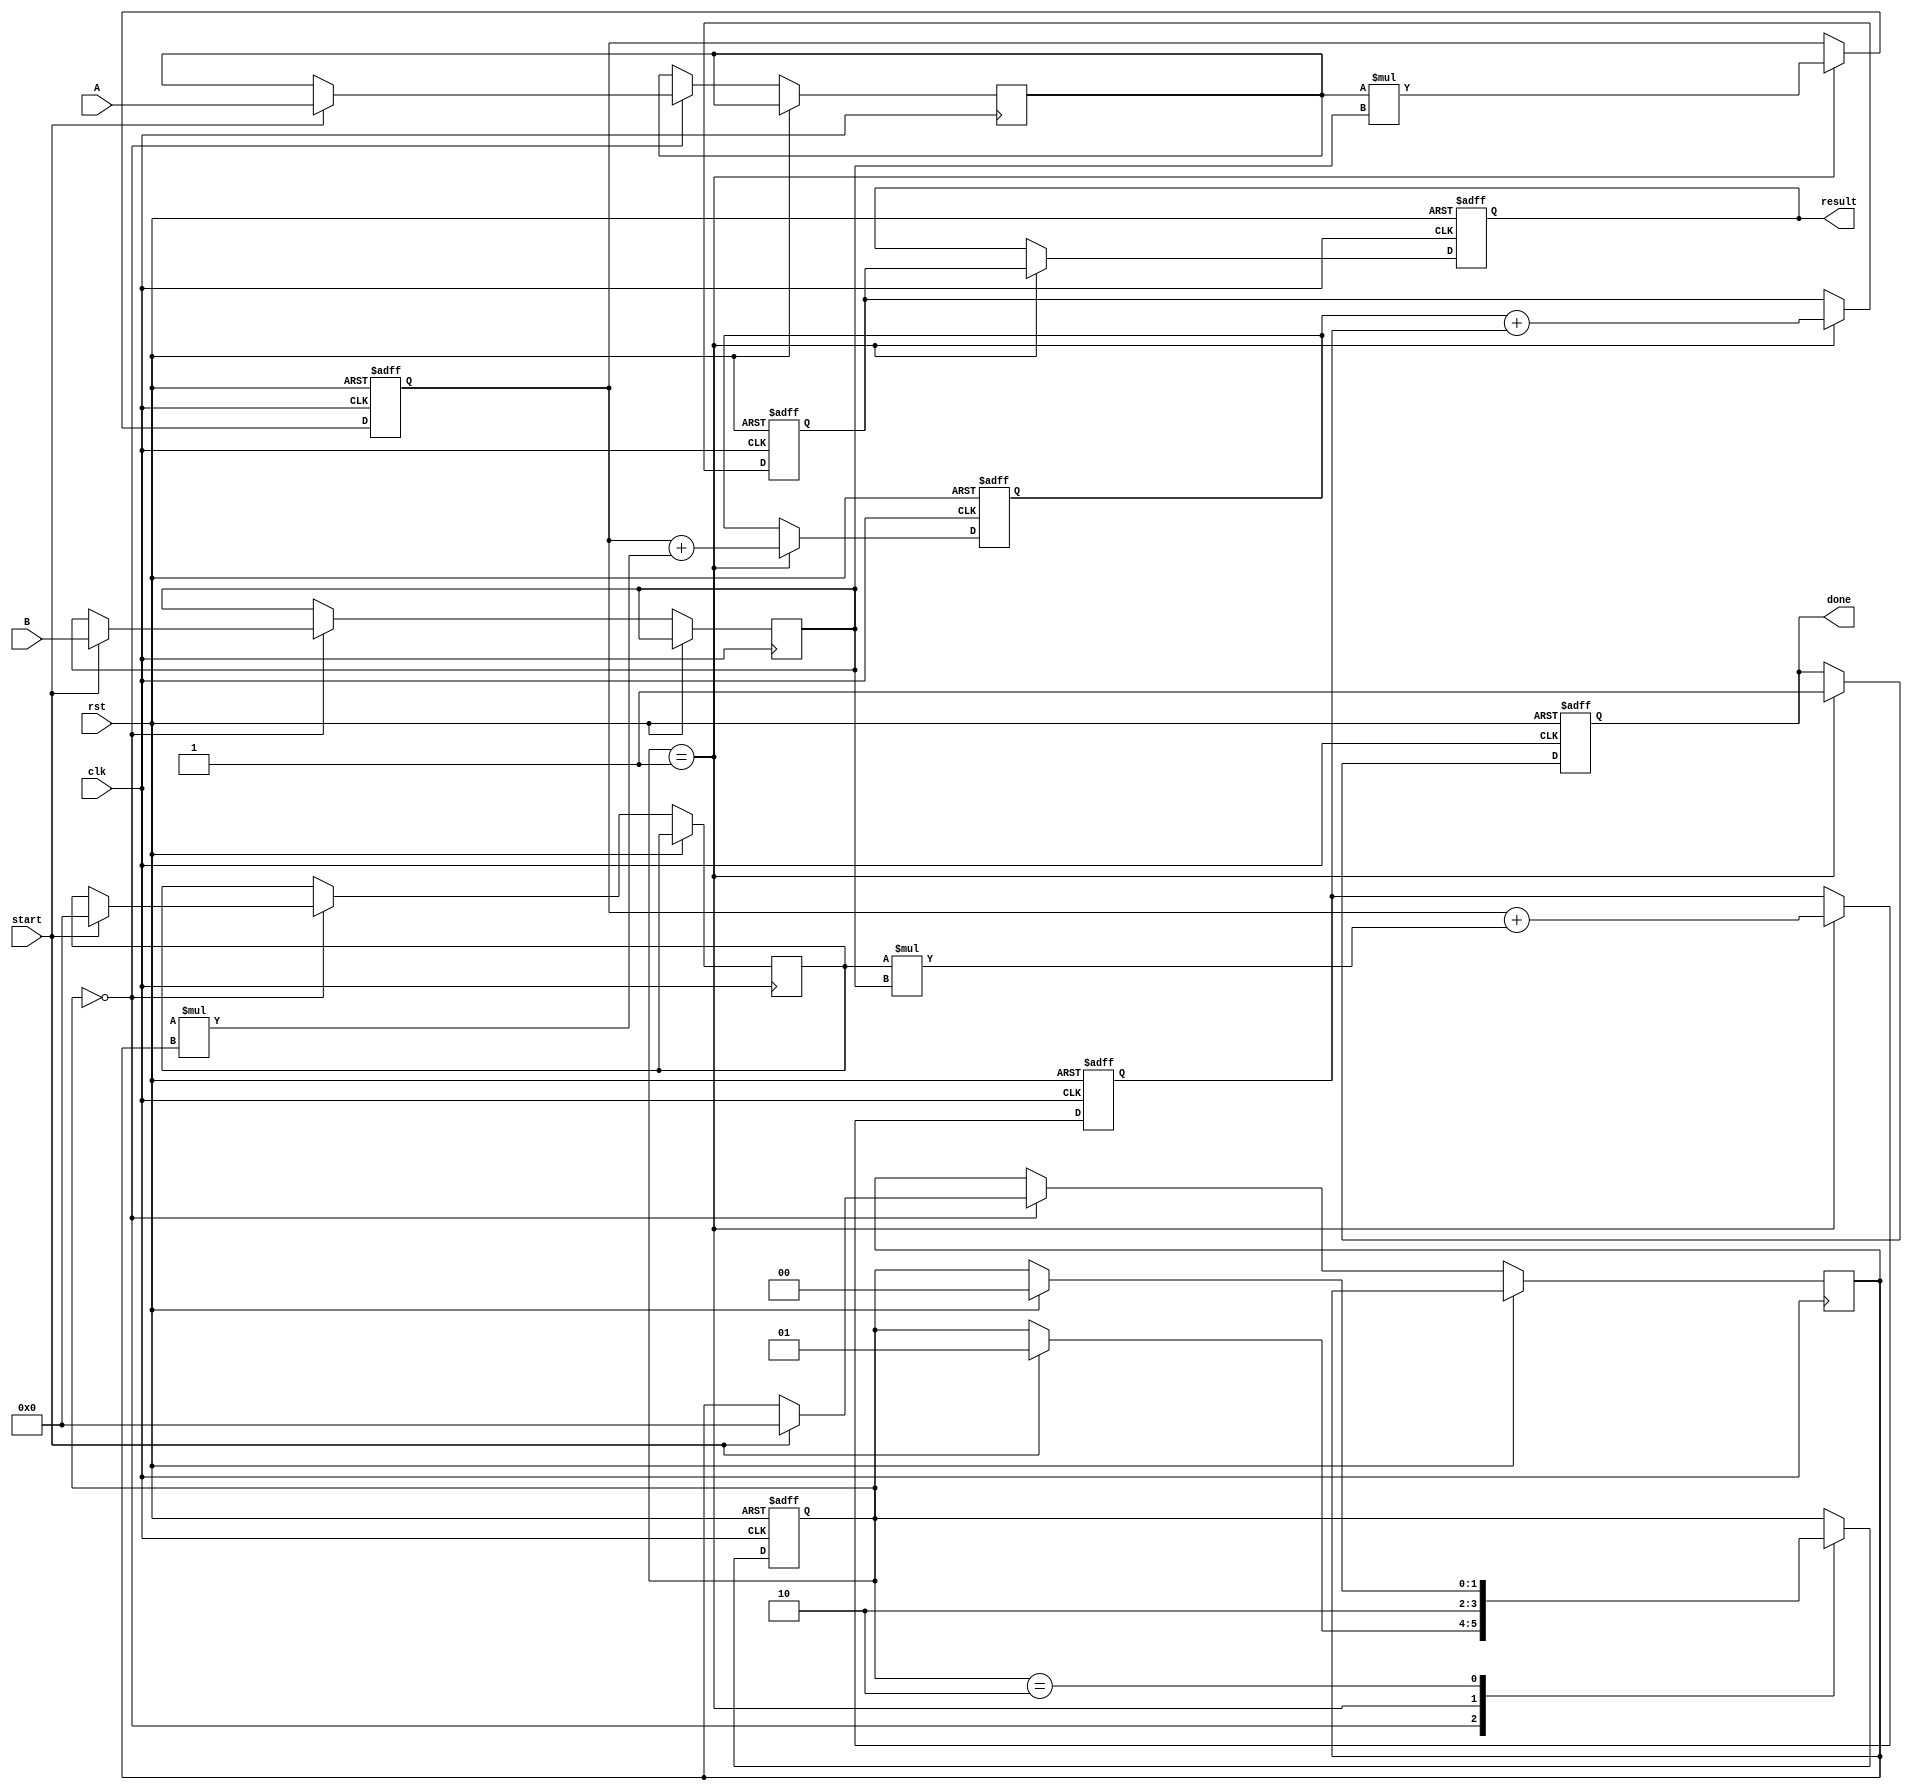
module systolic_multiplier (
    input clk,
    input rst,
    input [7:0] A, // Multiplicand
    input [7:0] B, // Multiplier
    input start,
    output reg [15:0] result, // Final result
    output reg done
);

    // Internal signals for the PEs
    reg [7:0] PE_A[1:0][1:0]; // Input for PEs
    reg [7:0] PE_B[1:0][1:0]; // Input for PEs
    reg [15:0] PE_out[1:0][1:0]; // Output for PEs
    reg [1:0] state; // State for control logic

    // State definitions
    localparam IDLE = 2'b00;
    localparam PROCESS = 2'b01;
    localparam DONE = 2'b10;

    // PE functionality
    always @(posedge clk or posedge rst) begin
        if (rst) begin
            // Reset all outputs and states
            result <= 0;
            done <= 0;
            state <= IDLE;
            PE_out[0][0] <= 0;
            PE_out[0][1] <= 0;
            PE_out[1][0] <= 0;
            PE_out[1][1] <= 0;
        end else begin
            case (state)
                IDLE: begin
                    if (start) begin
                        // Load inputs into the first row and column
                        PE_A[0][0] <= A; // Load A into PE(0,0)
                        PE_B[0][0] <= B; // Load B into PE(0,0)
                        PE_A[1][0] <= 0; // Load 0 into PE(1,0)
                        PE_B[0][1] <= 0; // Load 0 into PE(0,1)
                        state <= PROCESS;
                    end
                end

                PROCESS: begin
                    // PE(0,0) performs multiplication
                    PE_out[0][0] <= PE_A[0][0] * PE_B[0][0];

                    // PE(0,1) accumulates from PE(0,0)
                    PE_out[0][1] <= PE_out[0][0] + PE_A[0][1] * PE_B[0][1];

                    // PE(1,0) accumulates from PE(0,0)
                    PE_out[1][0] <= PE_out[0][0] + PE_A[1][0] * PE_B[0][0];

                    // PE(1,1) accumulates from PE(0,1) and PE(1,0)
                    PE_out[1][1] <= PE_out[0][1] + PE_out[1][0];

                    // Prepare for final result
                    result <= PE_out[1][1];
                    done <= 1; // Indicate that processing is done
                    state <= DONE;
                end

                DONE: begin
                    // Wait for reset or new start signal
                    if (rst) begin
                        state <= IDLE;
                    end
                end
            endcase
        end
    end
endmodule